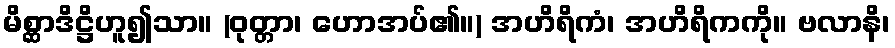
မိစ္ဆာဒိဋ္ဌိဟူ၍သာ။ (ဝုတ္တာ၊ ဟောအပ်၏။) အဟိရိကံ၊ အဟိရိကကို။ ဗလာနိ၊